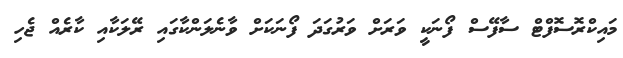
މައިކްރޮސޮފްޓް ސާފޭސް ފޯނަކީ ވަރަށް ވަރުގަދަ ފޯނަކަށް ވާނެލަންކާގައި ރޭލަކާއި ކާރެއް ޖެހި